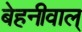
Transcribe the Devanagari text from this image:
बेहनीवाल्